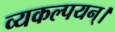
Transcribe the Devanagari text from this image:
व्यकल्पयन्।